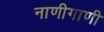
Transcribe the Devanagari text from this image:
नाणीगाणी